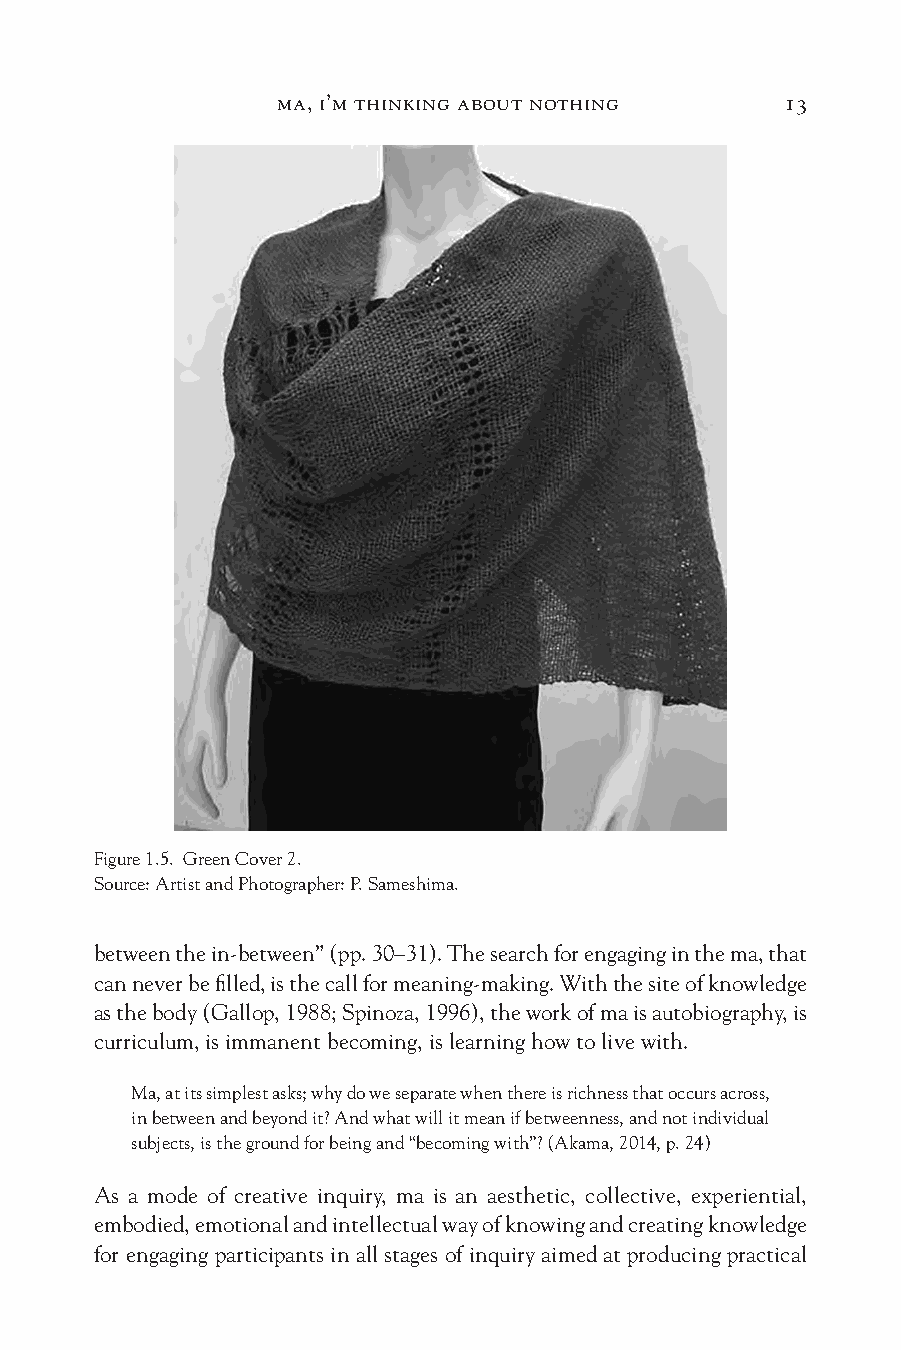
ma, i’m thinking about nothing    13
 Figure 1.5. Green Cover 2.
 Source: Artist and Photographer: P. Sameshima.
 between the in-between” (pp. 30–31). The search for engaging in the ma, that
 can never be filled, is the call for meaning-making. With the site of knowledge
 as the body (Gallop, 1988; Spinoza, 1996), the work of ma is autobiography, is
 curriculum, is immanent becoming, is learning how to live with.
 Ma, at its simplest asks; why do we separate when there is richness that occurs across,
 in between and beyond it? And what will it mean if betweenness, and not individual
 subjects, is the ground for being and “becoming with”? (Akama, 2014, p. 24)
 As a mode of creative inquiry, ma is an aesthetic, collective, experiential,
 embodied, emotional and intellectual way of knowing and creating knowledge
 for engaging participants in all stages of inquiry aimed at producing practical